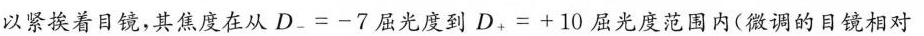
以紧挨着目镜，其焦度在从$$D _ { - } = - 7$$屈光度到$$D _ { + } = + 1 0$$屈光度范围内(微调的目镜相对